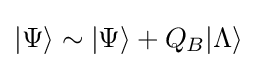
|\Psi \rangle \sim |\Psi \rangle +Q_{B}|\Lambda \rangle